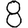
Digit: 8